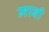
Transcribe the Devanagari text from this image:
माबी